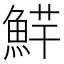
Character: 𱆮